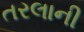
તરલાની